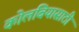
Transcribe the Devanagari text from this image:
कोलंबियासाठी